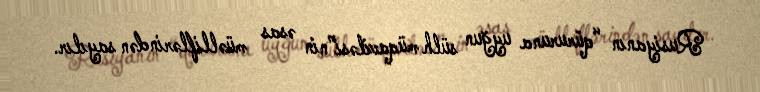
Rusiyanın “qüruruna uyğun sülh müqaviləsi”nin əsas müəlliflərindən sayılır.